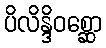
ပိလိန္ဒိဝစ္ဆော